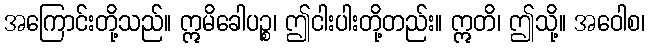
အကြောင်းတို့သည်။ ဣမိခေါပဉ္စ၊ ဤငါးပါးတို့တည်း။ ဣတိ၊ ဤသို့။ အဝေါစ၊